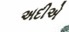
અદીએ